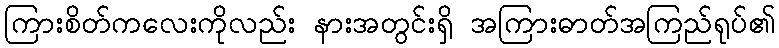
ကြားစိတ်ကလေးကိုလည်း နားအတွင်းရှိ အကြားဓာတ်အကြည်ရုပ်၏